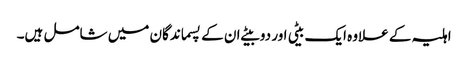
اہلیہ کے علاوہ ایک بیٹی اور دو بیٹے ان کے پسماندگان میں شامل ہیں۔